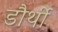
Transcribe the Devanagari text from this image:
डौर्थी